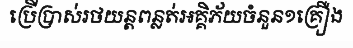
ប្រើប្រាស់រថយន្តពន្លត់អគ្គិភ័យចំនួន១គ្រឿង